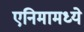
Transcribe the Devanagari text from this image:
एनिमामध्ये